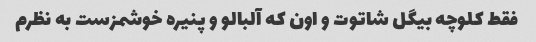
فقط کلوچه بیگل شاتوت و اون که آلبالو و پنیره خوشمزست به نظرم